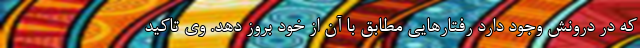
که در درونش وجود دارد رفتارهایی مطابق با آن از خود بروز دهد. وی تاکید